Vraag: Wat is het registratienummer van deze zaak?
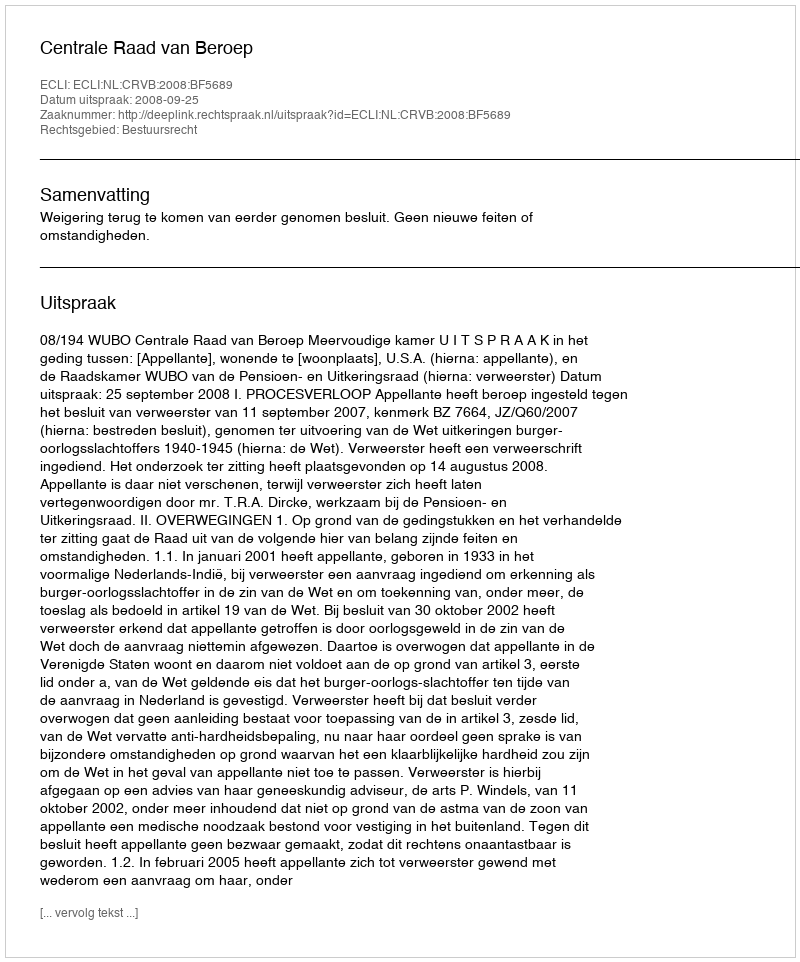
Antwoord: http://deeplink.rechtspraak.nl/uitspraak?id=ECLI:NL:CRVB:2008:BF5689